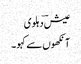
عیش ؔدہلوی
آنکھوں سے کہو ۔